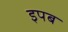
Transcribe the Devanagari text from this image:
इपब